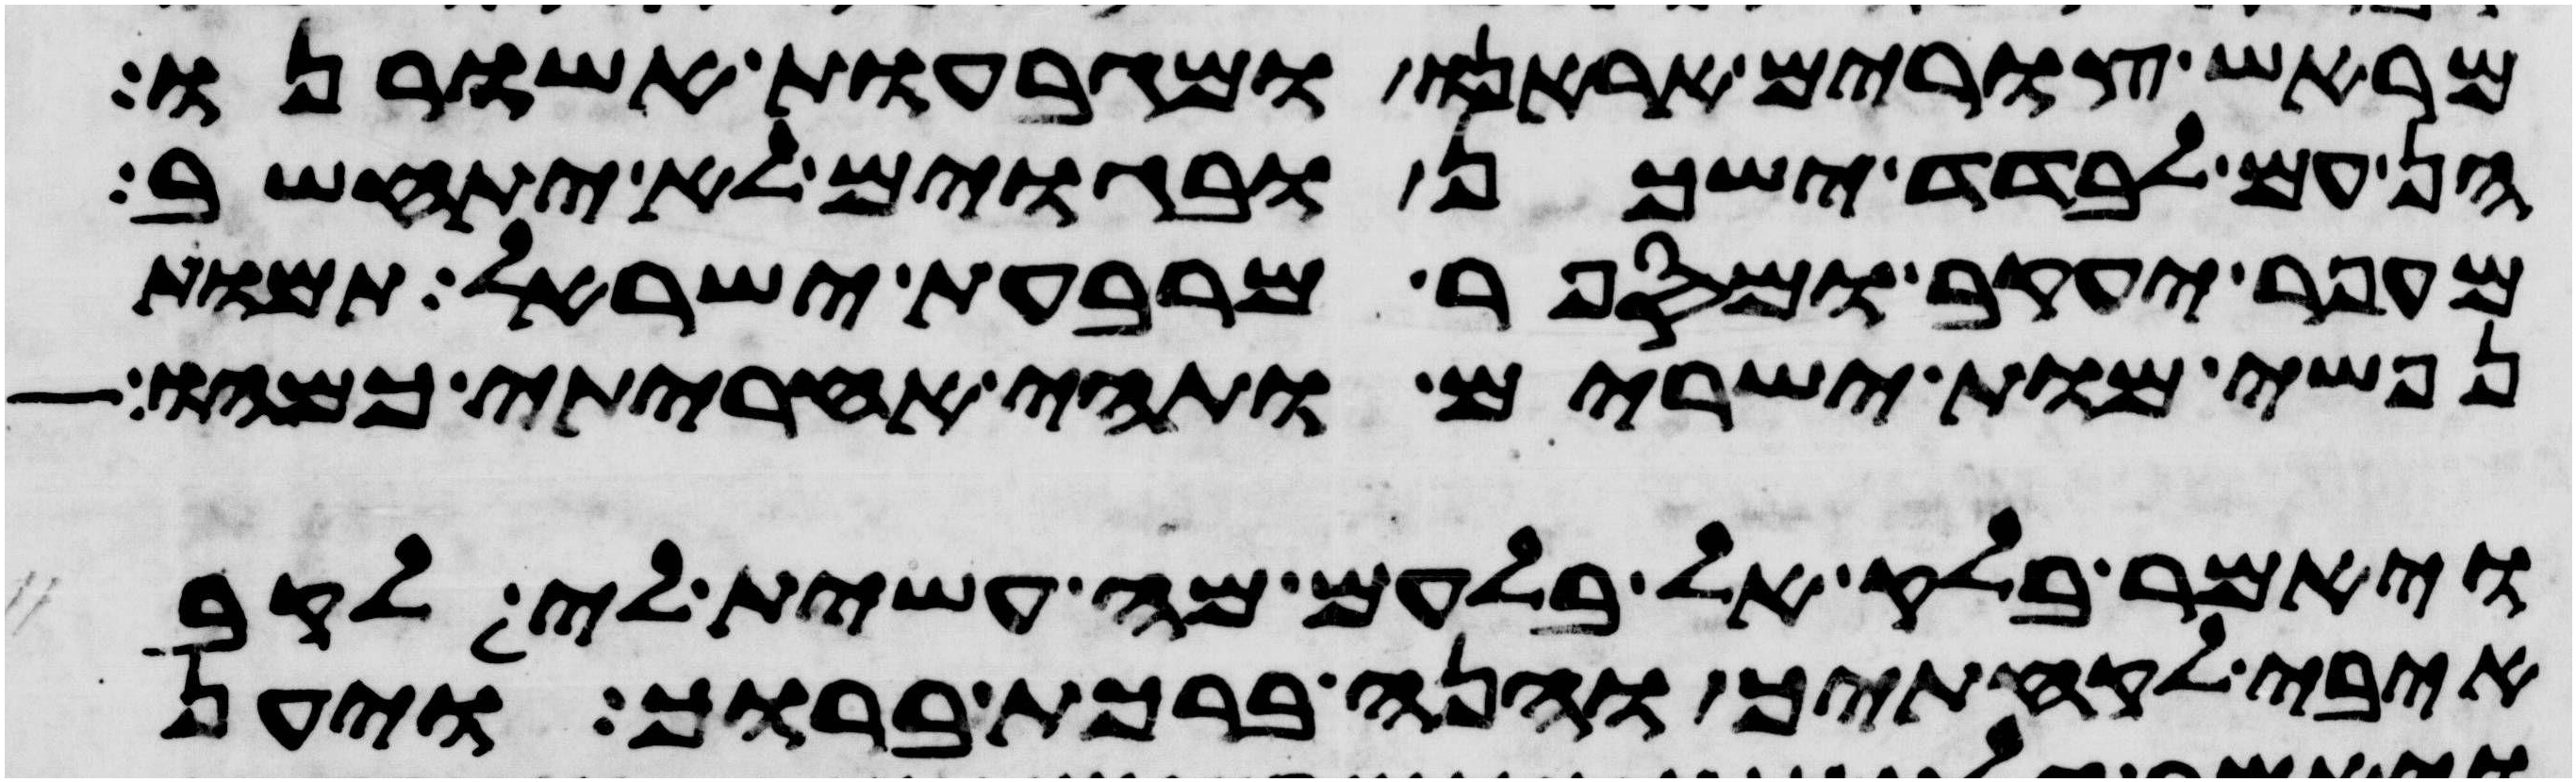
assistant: מראש צורים אראנו ומגבעות אשורנו
הן עם לבדד ישכן ובגוים לא יתחשב
עפר יעקב ומי ספר מרבע ישראל תמות
נפשי מות ישירים ותהי אחריתי כמהו
ויאמר בלק אל בלעם מה עשית לי לקב
איבי לקחתיך והנה ברכת ברוך ויען